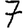
Digit: 7